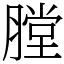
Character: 膛